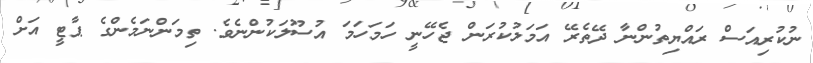
ނުކުރިއަސް ރައްޔިތުންނާ ދޭތެރޭ އަމަލުކުރަން ޖެހޭނީ ހަމަހަމަ އުސޫލަކުންނެވެ. ތިމަންނަމެންގެ ޕާޓީ އަށް